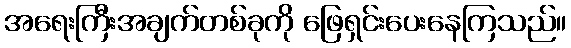
အရေးကြီးအချက်တစ်ခုကို ဖြေရှင်းပေးနေကြသည်။